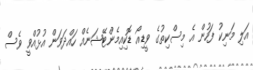
އަލި މަނިކު ފަހުން އެ މިސްކިތުގެ ވީޑިއޯ ޑޮކިއިމެންޓޭޝަނެއް ހައްދަވަން އުޅުއްވީ ވެސް